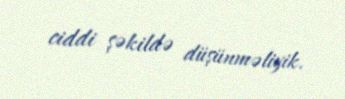
ciddi şəkildə düşünməliyik.